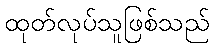
ထုတ်လုပ်သူဖြစ်သည်